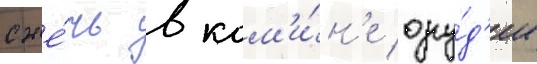
сже́чь в кам'и́н'е ору́д'ие